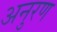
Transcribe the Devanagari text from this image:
अनुरण